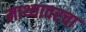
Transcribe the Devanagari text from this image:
माथ्यावरचा